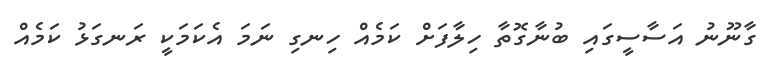
ގާނޫނު އަސާސީގައި ބުނާގޮތާ ހިލާފަށް ކަމެއް ހިނގި ނަމަ އެކަމަކީ ރަނގަޅު ކަމެއް